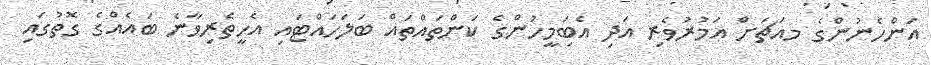
އަންހެނުންގެ މއަޗަށް އަމުރުވެރި އަދި އެބަިމީހުންގެ ކަންތައްތައް ބަލަހައްޓައި އެހީތެރިވާނެ ބައެއްގެ ގޮތުގައި